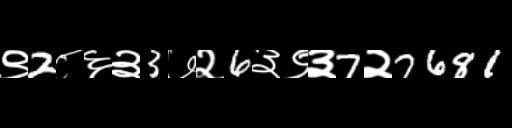
Text: ९2८६३3७२6३९३7२7681